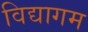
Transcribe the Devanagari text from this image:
विद्यागम